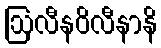
ဩလီနဝိလီနာနိ